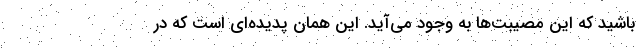
باشید که این مصیبت‌ها به وجود می‌آید. این همان پدیده‌ای است که در